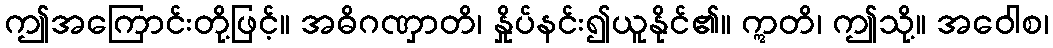
ဤအကြောင်းတို့ဖြင့်။ အဓိဂဏှာတိ၊ နှိုပ်နင်း၍ယူနိုင်၏။ ဣတိ၊ ဤသို့။ အဝေါစ၊